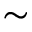
\sim